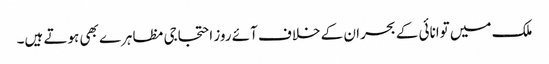
ملک میں توانائی کے بحران کے خلاف آئے روز احتجاجی مظاہرے بھی ہوتے ہیں۔